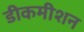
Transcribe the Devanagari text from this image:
डीकमीशन